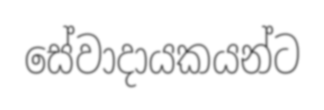
සේවාදායකයන්ට